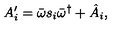
A _ { i } ^ { \prime } = \bar { \omega } s _ { i } \bar { \omega } ^ { \dagger } + \hat { A } _ { i } ,